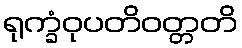
ရုက္ခံဝုပတိဝတ္တတိ